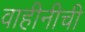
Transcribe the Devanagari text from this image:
वाहीनीची